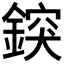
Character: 𨨷